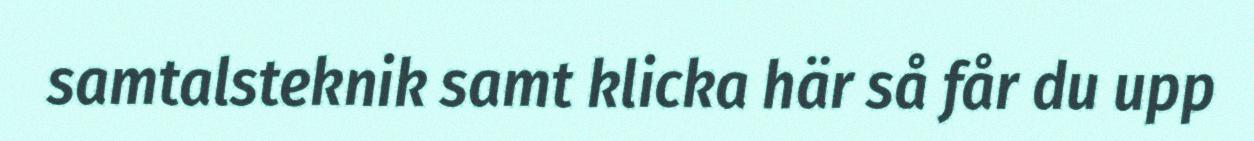
samtalsteknik samt klicka här så får du upp